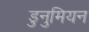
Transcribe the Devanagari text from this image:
डुनुमियन